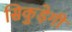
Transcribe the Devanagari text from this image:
सिकुड़ेगी